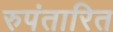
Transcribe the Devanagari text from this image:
रुपंतारित